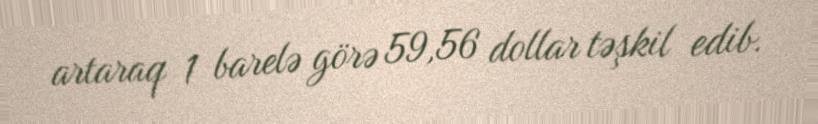
artaraq 1 barelə görə 59,56 dollar təşkil edib.